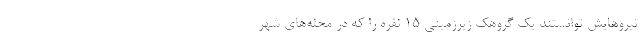
نیروهایش توانستند یک گروهک زیرزمینی ۱۵ نفره را که در محله‌های شهر